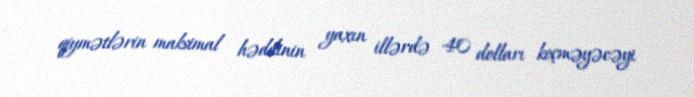
qiymətlərin maksimal həddinin yaxın illərdə 40 dolları keçməyəcəyi